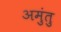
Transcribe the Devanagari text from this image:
अमुंतु